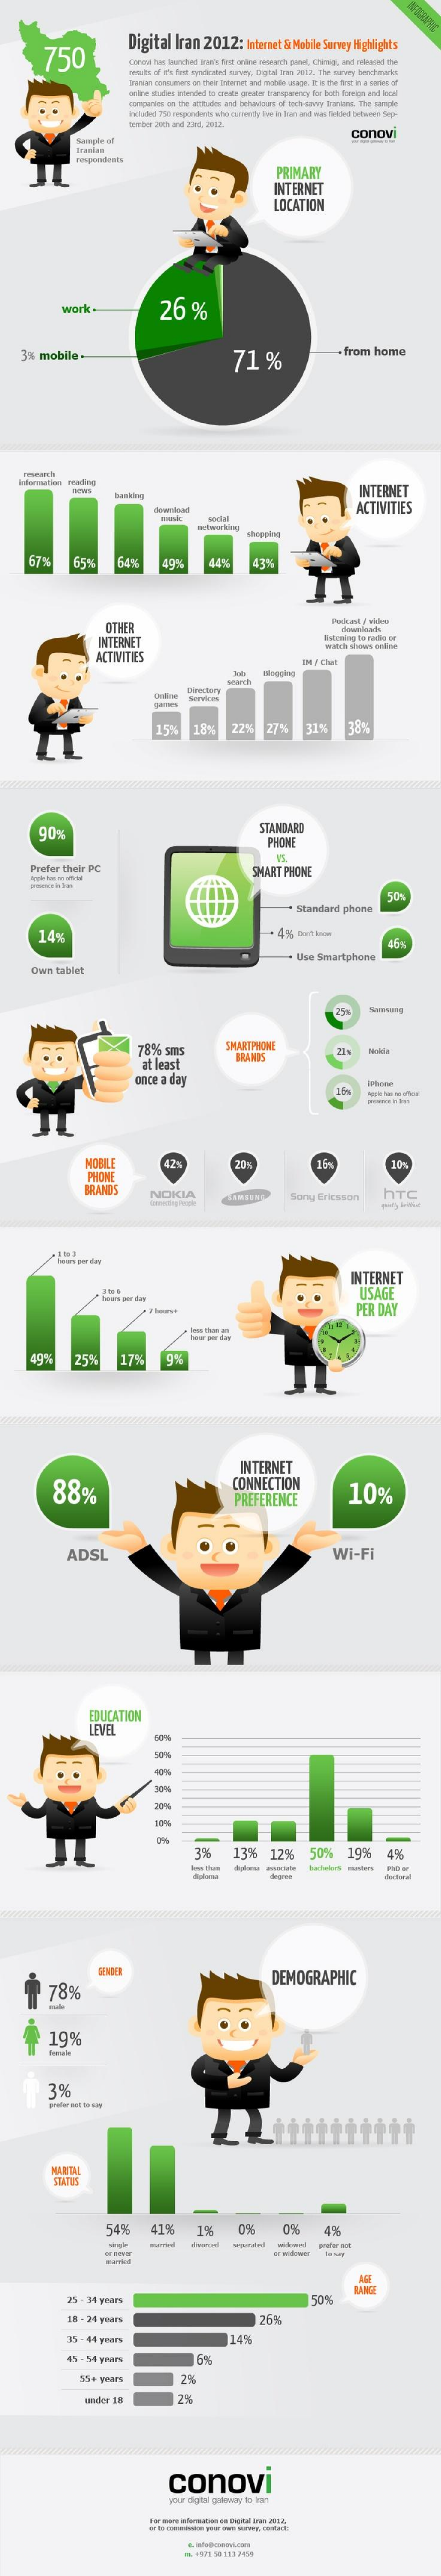
750
     Digital    Iran    2012:    Internet  & Mabile  Survey  Highlights
     Conovi has launched lisan's first online research punet, Chirsig, and relosand the
     toroponies on the aftitles and behurtours of tech-savvy larson. The somgle
     included 750 pmpondents who currently live in Inn and win fielont between Sep-
     Sample  of
     conovi
     PRIMARY
     INTERNET
     LOCATION
     work    26    %
     3%   mobile    71    %
     from    home
     research
     INTERNET
     ACTIVITIES
     67%    49%
     OTHER
     Podcast | videa
     INTERNET
     ACTIVITIES
     11 / Chat
     Services
     15%    18%    22%    27%    31%    38%
     90%    STANDARD
     PHONE
     Prefer  their  PC    SMART   PHONE
     Standard    phone
     50%
     14%    + 4%    -1   km
     +  Use  Smartphone
     Own    tablet
     25
     78%    sms    SMARTPHONE
     at least
     BRANDS
     once  a day
     16
     10%
     PHONE
     16%
     NOKIA    Sony   Ericsson    HTC
     INTERNET
     USAGE
     PER   DAY
     25%    17%    9%
     88%
     INTERNET
     CONNECTION
     PREFERENCE    10%
     ADSL    Wi-Fi
     EDUCATION
     LEVEL
     3%    13%    12%    50%    19%    4%
     --
     178%
     DEMOGRAPHIC
     19%
     3%
     MARTIAL
     54%    41%    12    0%    4%
     =
     35 -14  was
     25%
     14%
     45 -54  yous    6%
     55+  years    2%
     under  18    2%
     conovi